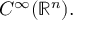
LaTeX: C ^ { \infty } ( \mathbb { R } ^ { n } ) .